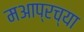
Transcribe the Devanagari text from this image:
मआप्रच्या